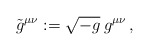
\begin{align*}\tilde{g}^{\mu\nu}:=\sqrt{-g}\: g^{\mu\nu}\, ,\end{align*}